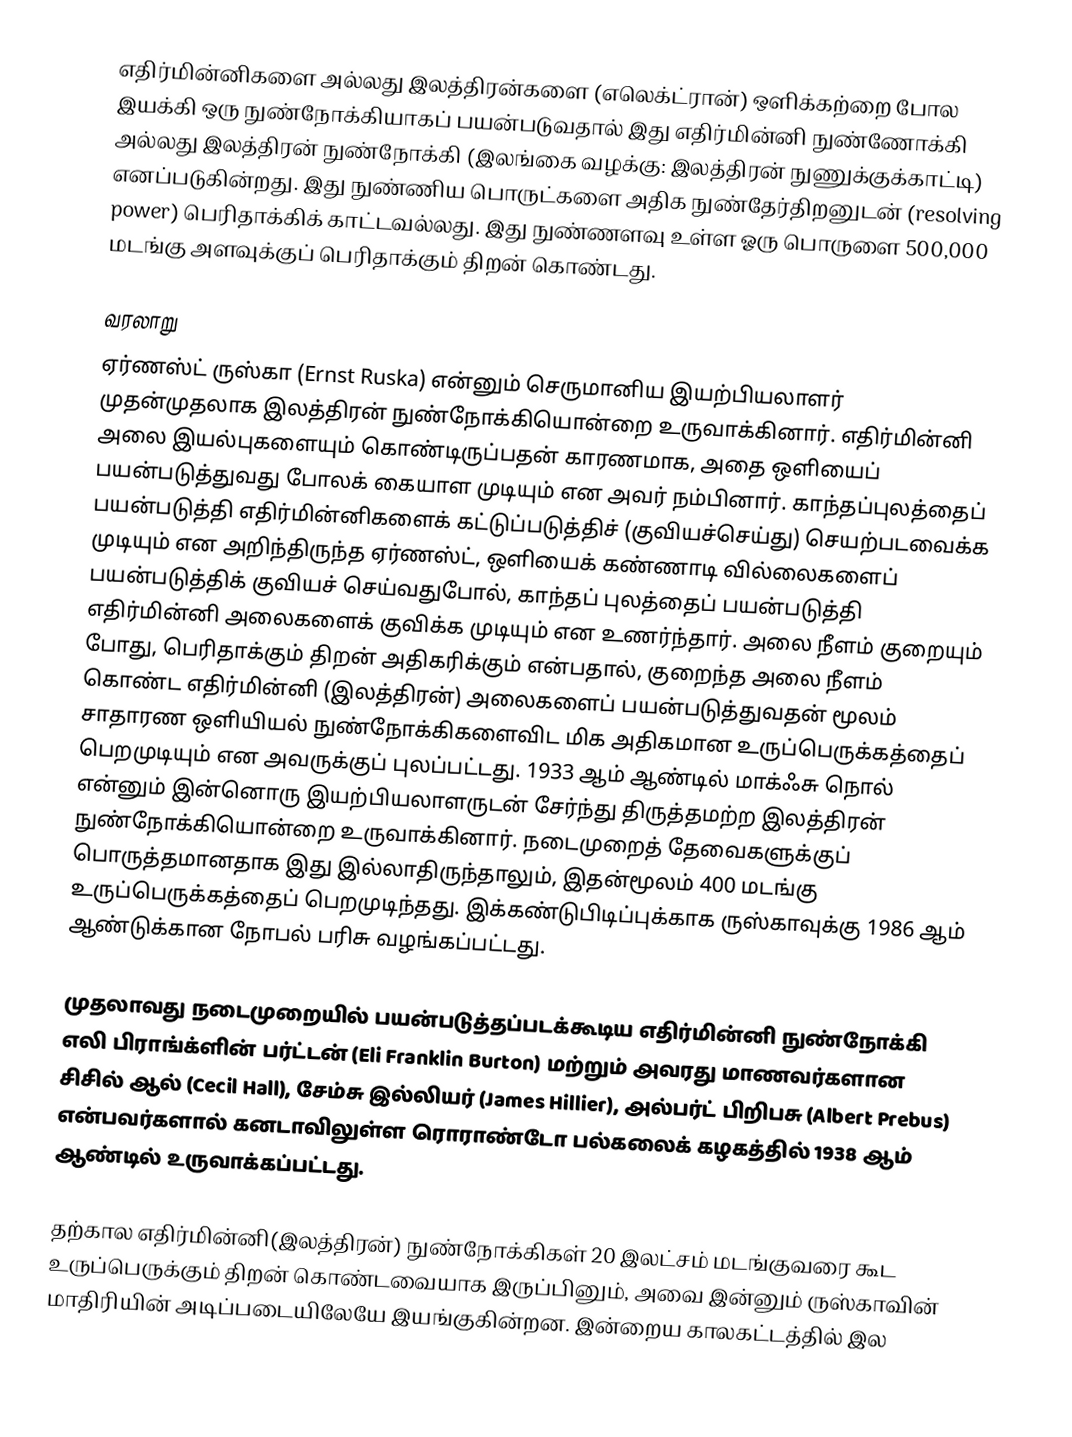
எதிர்மின்னிகளை அல்லது இலத்திரன்களை (எலெக்ட்ரான்) ஒளிக்கற்றை போல இயக்கி ஒரு நுண்நோக்கியாகப் பயன்படுவதால் இது எதிர்மின்னி நுண்ணோக்கி அல்லது இலத்திரன் நுண்நோக்கி (இலங்கை வழக்கு: இலத்திரன் நுணுக்குக்காட்டி) எனப்படுகின்றது. இது நுண்ணிய பொருட்களை அதிக நுண்தேர்திறனுடன் (resolving power) பெரிதாக்கிக் காட்டவல்லது. இது நுண்ணளவு உள்ள ஓரு பொருளை 500,000 மடங்கு அளவுக்குப் பெரிதாக்கும் திறன் கொண்டது.

வரலாறு
ஏர்ணஸ்ட் ருஸ்கா (Ernst Ruska) என்னும் செருமானிய இயற்பியலாளர் முதன்முதலாக இலத்திரன் நுண்நோக்கியொன்றை உருவாக்கினார். எதிர்மின்னி அலை இயல்புகளையும் கொண்டிருப்பதன் காரணமாக, அதை ஒளியைப் பயன்படுத்துவது போலக் கையாள முடியும் என அவர் நம்பினார். காந்தப்புலத்தைப் பயன்படுத்தி எதிர்மின்னிகளைக் கட்டுப்படுத்திச் (குவியச்செய்து) செயற்படவைக்க முடியும் என அறிந்திருந்த ஏர்ணஸ்ட், ஒளியைக் கண்ணாடி வில்லைகளைப் பயன்படுத்திக் குவியச் செய்வதுபோல், காந்தப் புலத்தைப் பயன்படுத்தி எதிர்மின்னி அலைகளைக் குவிக்க முடியும் என உணர்ந்தார். அலை நீளம் குறையும் போது, பெரிதாக்கும் திறன் அதிகரிக்கும் என்பதால், குறைந்த அலை நீளம் கொண்ட எதிர்மின்னி (இலத்திரன்) அலைகளைப் பயன்படுத்துவதன் மூலம் சாதாரண ஒளியியல் நுண்நோக்கிகளைவிட மிக அதிகமான உருப்பெருக்கத்தைப் பெறமுடியும் என அவருக்குப் புலப்பட்டது. 1933 ஆம் ஆண்டில் மாக்ஃசு நொல் என்னும் இன்னொரு இயற்பியலாளருடன் சேர்ந்து திருத்தமற்ற இலத்திரன் நுண்நோக்கியொன்றை உருவாக்கினார். நடைமுறைத் தேவைகளுக்குப் பொருத்தமானதாக இது இல்லாதிருந்தாலும், இதன்மூலம் 400 மடங்கு உருப்பெருக்கத்தைப் பெறமுடிந்தது. இக்கண்டுபிடிப்புக்காக ருஸ்காவுக்கு 1986 ஆம் ஆண்டுக்கான நோபல் பரிசு வழங்கப்பட்டது.

முதலாவது நடைமுறையில் பயன்படுத்தப்படக்கூடிய எதிர்மின்னி நுண்நோக்கி எலி பிராங்க்ளின் பர்ட்டன் (Eli Franklin Burton) மற்றும் அவரது மாணவர்களான சிசில் ஆல் (Cecil Hall), சேம்சு இல்லியர் (James Hillier), அல்பர்ட் பிறிபசு (Albert Prebus) என்பவர்களால் கனடாவிலுள்ள ரொராண்டோ பல்கலைக் கழகத்தில் 1938 ஆம் ஆண்டில் உருவாக்கப்பட்டது.

தற்கால எதிர்மின்னி(இலத்திரன்) நுண்நோக்கிகள் 20 இலட்சம் மடங்குவரை கூட உருப்பெருக்கும் திறன் கொண்டவையாக இருப்பினும், அவை இன்னும் ருஸ்காவின் மாதிரியின் அடிப்படையிலேயே இயங்குகின்றன. இன்றைய காலகட்டத்தில் இல